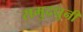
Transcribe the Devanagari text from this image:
समुद्रधुनी